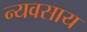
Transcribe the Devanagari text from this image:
न्यवसाय